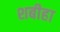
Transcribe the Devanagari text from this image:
शबीहा